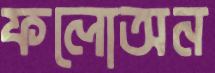
ফলোঅন